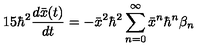
1 5 \hbar ^ { 2 } \frac { d \bar { x } ( t ) } { d t } = - \bar { x } ^ { 2 } \hbar ^ { 2 } \sum _ { n = 0 } ^ { \infty } \bar { x } ^ { n } \hbar ^ { n } \beta _ { n }